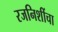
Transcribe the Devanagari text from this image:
रजनिशींचा